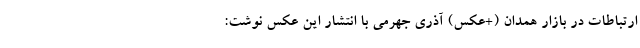
ارتباطات در بازار همدان (+عکس) آذری جهرمی با انتشار این عکس نوشت: